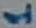
Text: 1